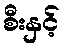
စီးနှင့်